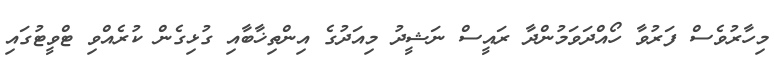
މިހާރުވެސް ފަރުވާ ހޯއްދަވަމުންދާ ރައީސް ނަޝީދު މިއަދުގެ އިންތިޚާބާއި ގުޅިގެން ކުރެއްވި ޓްވީޓުގައި